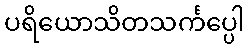
ပရိယောသိတသင်္ကပ္ပေါ